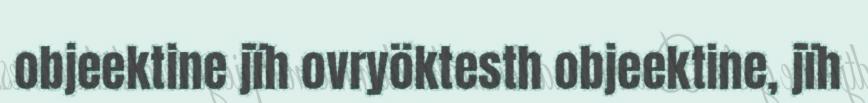
objeektine jïh ovryöktesth objeektine, jïh